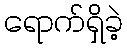
ရောက်ရှိခဲ့